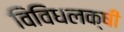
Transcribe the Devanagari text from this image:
विविधलक्षी